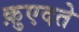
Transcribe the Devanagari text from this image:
क़ुएदते